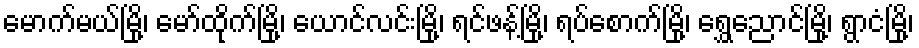
မောက်မယ်မြို့၊ မော်ထိုက်မြို့၊ ယောင်လင်းမြို့၊ ရင်ဖန့်မြို့၊ ရပ်စောက်မြို့၊ ရွှေညောင်မြို့၊ ရွာငံမြို့၊